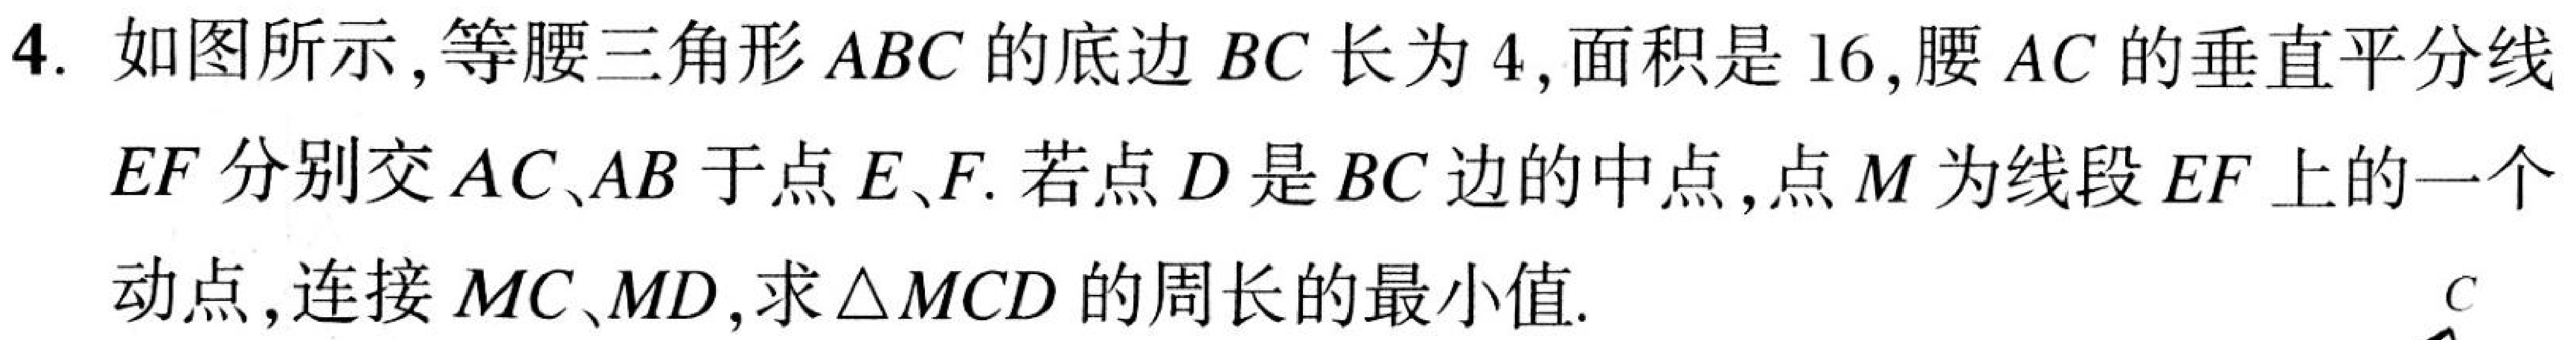
4. 如图所示，等腰三角形 \(ABC\) 的底边 \(BC\) 长为 \(4\)，面积是 \(16\)，腰 \(AC\) 的垂直平分线 \(EF\) 分别交 \(AC\)、\(AB\) 于点 \(E\)、\(F\). 若点 \(D\) 是 \(BC\) 边的中点，点 \(M\) 为线段 \(EF\) 上的一个动点，连接 \(MC\)、\(MD\)，求\(\triangle MCD\) 的周长的最小值.